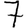
Digit: 7